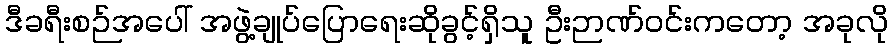
ဒီခရီးစဉ်အပေါ် အဖွဲ့ချုပ်ပြောရေးဆိုခွင့်ရှိသူ ဦးဉာဏ်ဝင်းကတော့ အခုလို